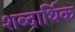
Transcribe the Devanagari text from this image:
शब्दार्थिक